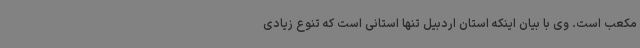
مکعب است. وی با بیان اینکه استان اردبیل تنها استانی است که تنوع زیادی